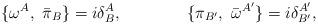
LaTeX: \begin{align*}\{\omega^{A},\ {\bar \pi_{B}}\} = i{\delta}^{A}_{B},\qquad \qquad \{\pi_{B^\prime},\ {\bar \omega}^{A^\prime}\} = i{\delta}^{A^\prime}_{B^\prime},\end{align*}